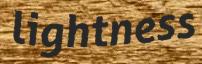
lightness